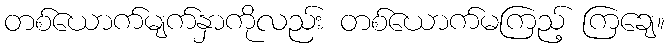
တစ်ယောက်မျက်နှာကိုလည်း တစ်ယောက်မကြည့် ကြချေ။